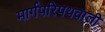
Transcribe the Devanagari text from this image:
मार्गपरिपथवाली